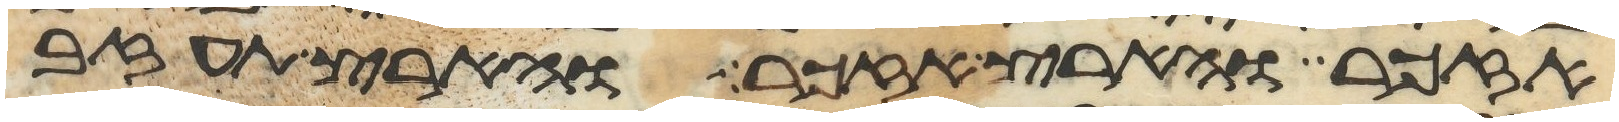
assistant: אזכר והארץ אזכר והארץ תעזב